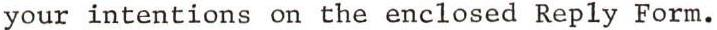
your intentions on the enclosed Reply Form.